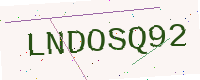
Text: LNDOSQ92